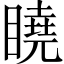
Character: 䁱